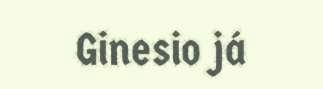
Ginesio já